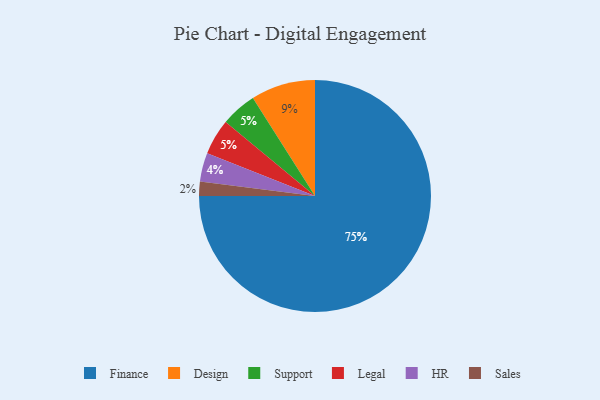
{"axis": {"x": "Category", "y": "Percentage"}, "legend": ["Design", "Finance", "HR", "Legal", "Sales", "Support"], "data": [{"x": "Finance", "y": 75, "type": "Finance"}, {"x": "Sales", "y": 2, "type": "Sales"}, {"x": "HR", "y": 4, "type": "HR"}, {"x": "Support", "y": 5, "type": "Support"}, {"x": "Legal", "y": 5, "type": "Legal"}, {"x": "Design", "y": 9, "type": "Design"}]}